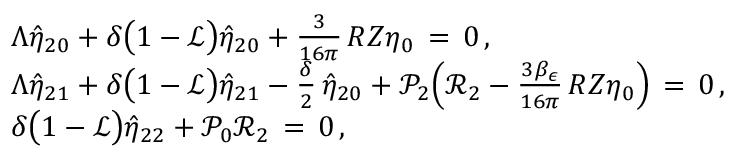
\begin{array} { r l } & { \Lambda \hat { \eta } _ { 2 0 } + \delta \bigl ( 1 - \mathcal { L } \bigr ) \hat { \eta } _ { 2 0 } + \frac { 3 } { 1 6 \pi } \, R Z \eta _ { 0 } \, = \, 0 \, , } \\ & { \Lambda \hat { \eta } _ { 2 1 } + \delta \bigl ( 1 - \mathcal { L } \bigr ) \hat { \eta } _ { 2 1 } - \frac { \delta } { 2 } \, \hat { \eta } _ { 2 0 } + \mathcal { P } _ { 2 } \Bigl ( \mathcal { R } _ { 2 } - \frac { 3 \beta _ { \epsilon } } { 1 6 \pi } \, R Z \eta _ { 0 } \Bigr ) \, = \, 0 \, , } \\ & { \delta \bigl ( 1 - \mathcal { L } \bigr ) \hat { \eta } _ { 2 2 } + \mathcal { P } _ { 0 } \mathcal { R } _ { 2 } \, = \, 0 \, , } \end{array}